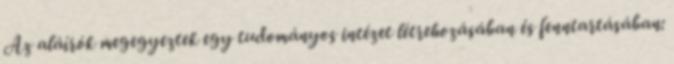
Az aláírók megegyeztek egy tudományos intézet létrehozásában és fenntartásában: